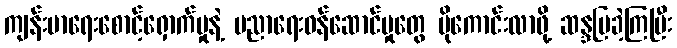
ကျန်းမာရေးစောင့်ရှောက်မှုနဲ့ ပညာရေးဝန်ဆောင်မှုတွေ ပိုကောင်းလာဖို့ ဆန္ဒပြခဲ့ကြပြီး